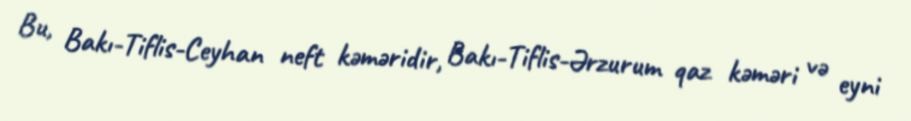
Bu, Bakı-Tiflis-Ceyhan neft kəməridir, Bakı-Tiflis-Ərzurum qaz kəməri və eyni